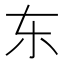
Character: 东